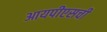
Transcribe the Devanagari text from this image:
आयपीएसची